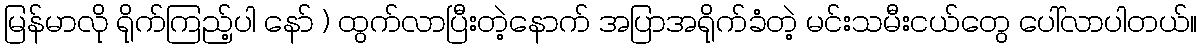
မြန်မာလို ရိုက်ကြည့်ပါ နော် ) ထွက်လာပြီးတဲ့နောက် အပြာအရိုက်ခံတဲ့ မင်းသမီးငယ်တွေ ပေါ်လာပါတယ်။